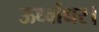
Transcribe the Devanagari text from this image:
ऊर्ध्वाधर।